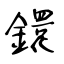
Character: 鐶